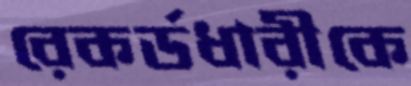
রেকর্ডধারীকে